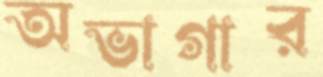
অভাগার